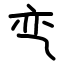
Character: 亪